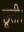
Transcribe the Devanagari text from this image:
छूती।